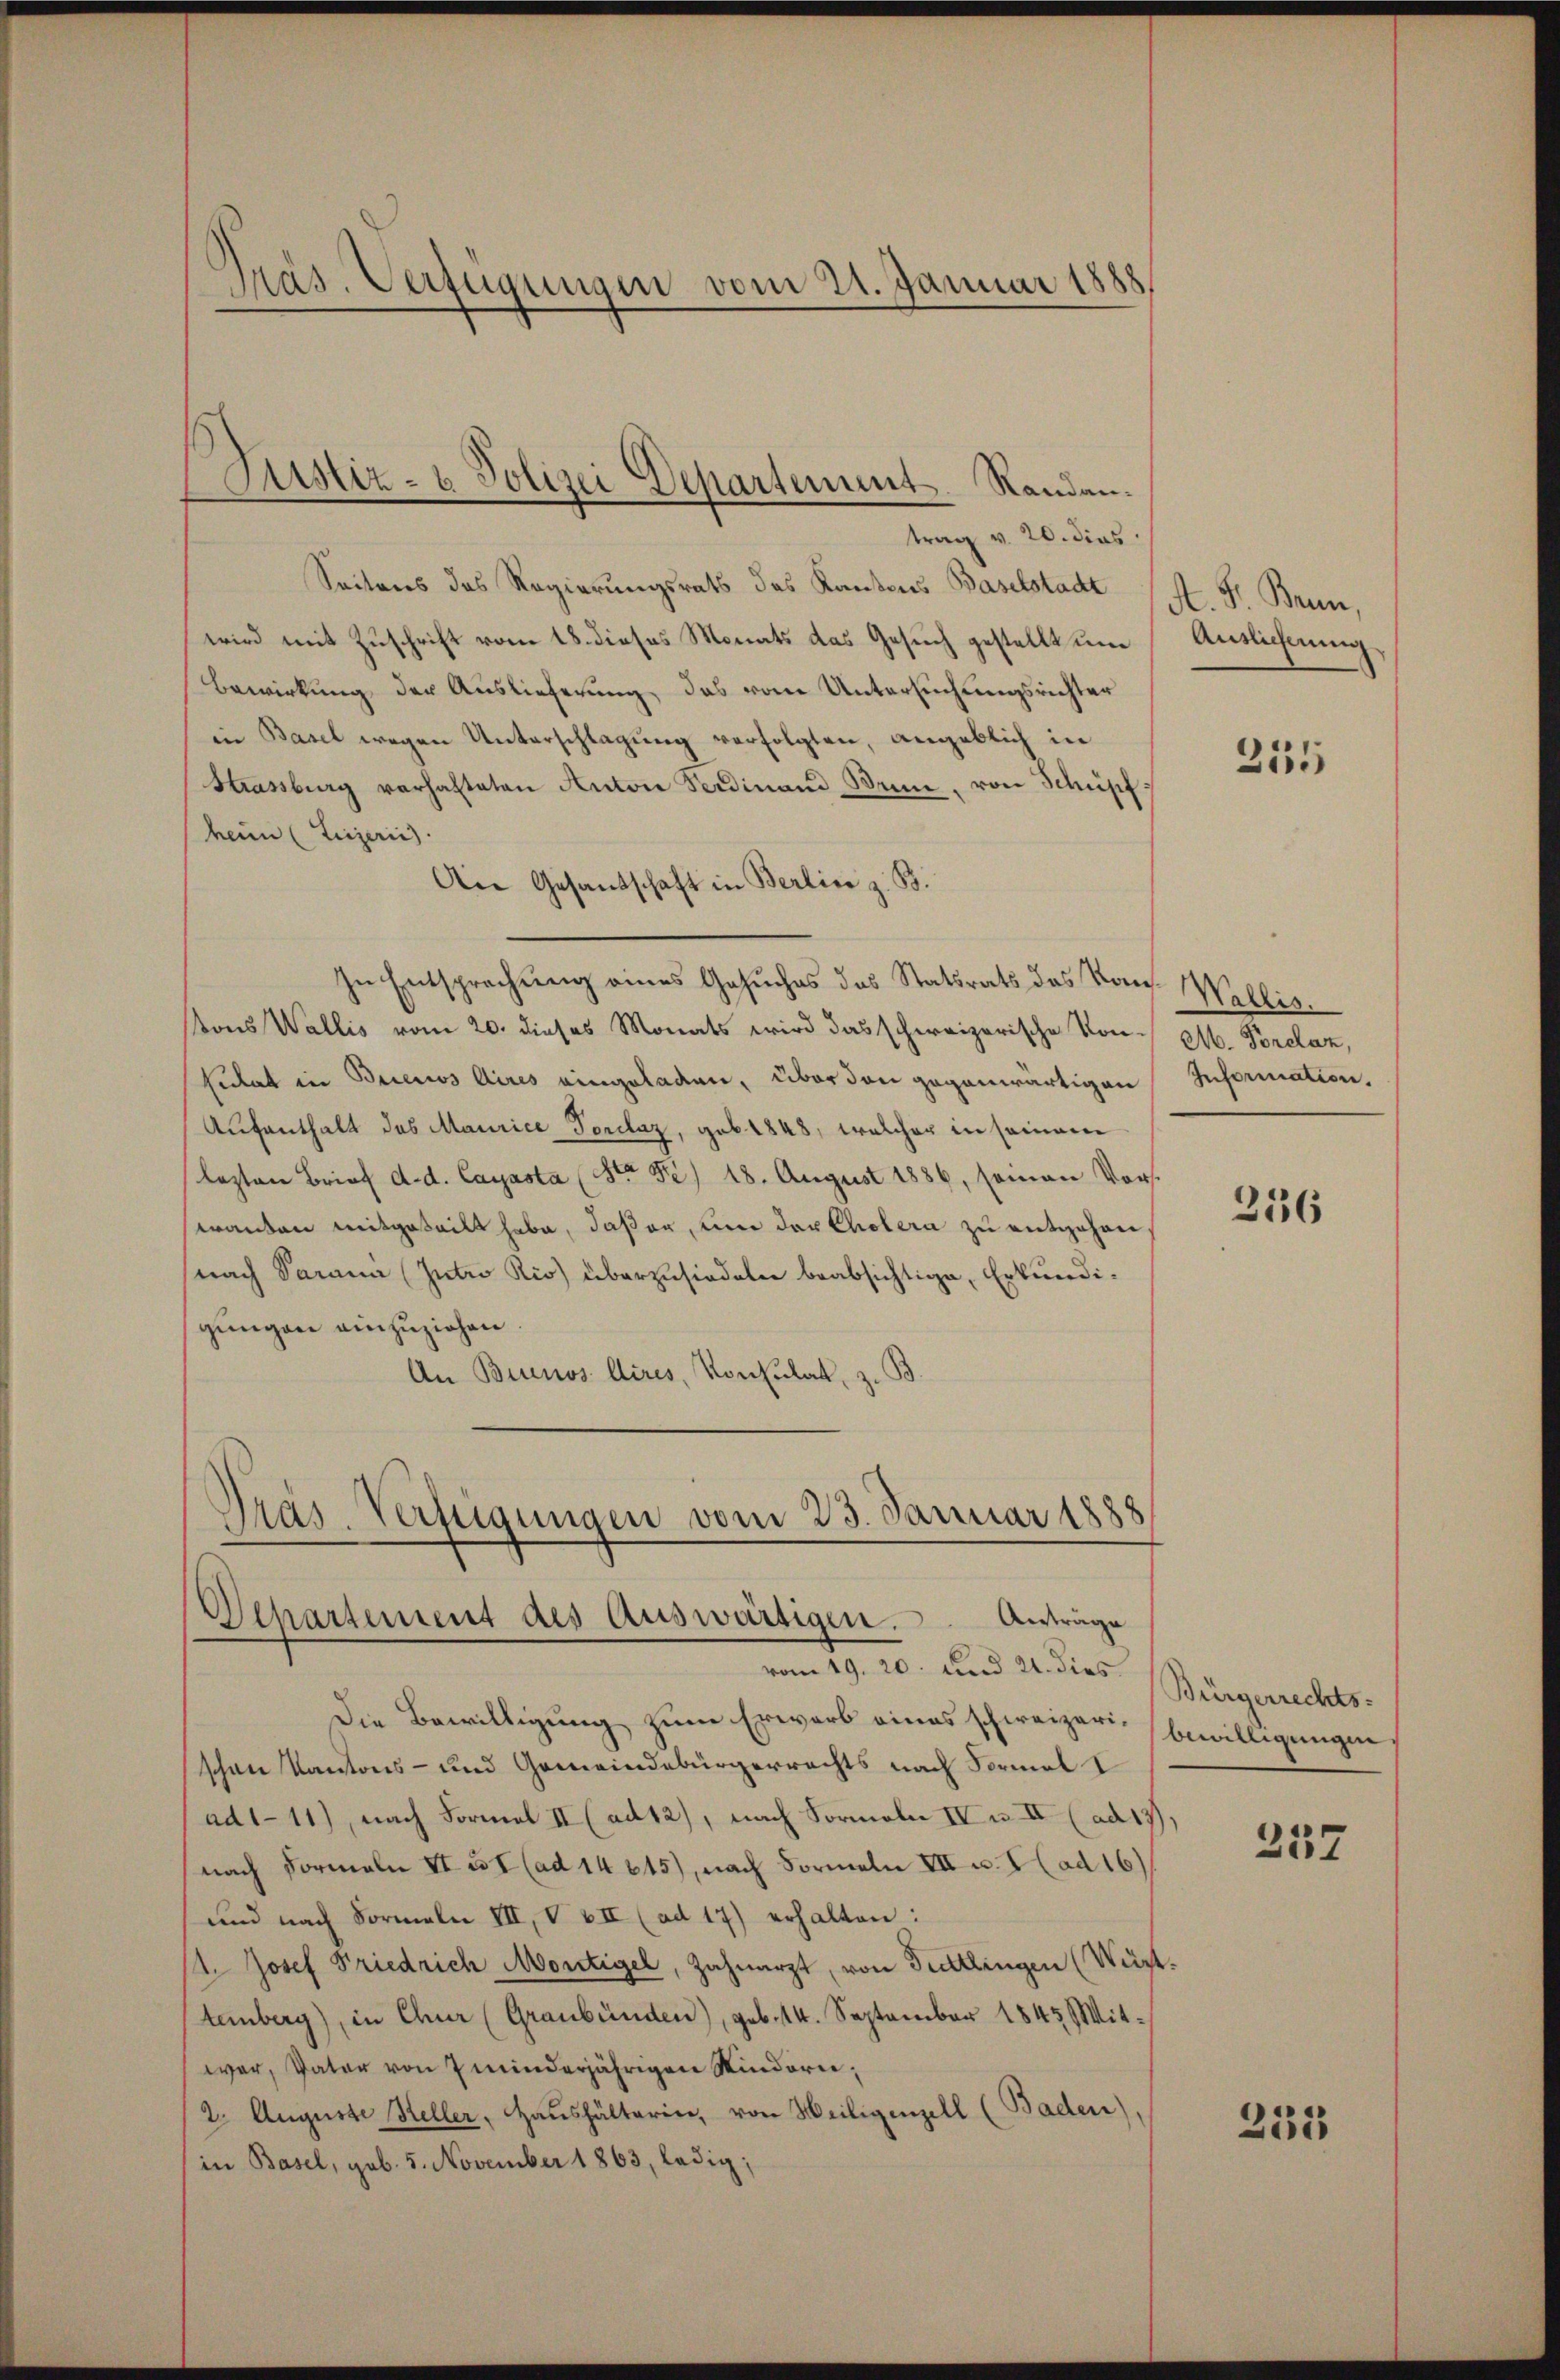
trag v. 20. dies
Seiteres des Regierungsrats das Kantons Baselstadt
wird mit Zuschrift vom 18. dieses Monats das Gesuch gestellt und
Bewirkung der Auslieferung, das von Untersuchungsrichter
in Basel wegen Unterschlagung verfolgten, angeblich in
Strassburg verhalteten Antone Ferdinand Senn, von Schüpf
heim (Leizeris
An Gesandschaft in Berlin z. B.
In Entsprechung eines Gesuches das Statsrats des Kons. Wallis.
ons Wallis vom 20. dieses Monats wird das schweizerische Von M. Porclaz,
sidat in Buenos Aires eingeladen, über den gegenwärtigen Information,
Aufenthalt des Maurice Porclaz, geb. 1848, welcher in seinem
lezten Brief d. d. Cayasta (Str. Fr. 18. August 1886, seinen Vors
wanten mitgeteilt habe, daß er, um der Cholera zu entgehen,
(nach Parama (Intro Rio) überzusiedeln beabsichtige, Erkundigungen einzuziehen
An Buenos Aires, Konsulat, z. B

Präs. Verfügungen vom 21. Januar 1888

Justiz- & Polizei Departement. Randen.

Tras-Verfügungen vom 23. Januar 1888
Departement des Auswärtigen. Anträge
9. 20. und 21. dies Bürgerrechts-

Die Bewilligung zum Erwarb eines schweizerin bewilligungen
schen Kantons- und Gemeindebürgerrechts nach Formal
ad1-11), nach Formal II (ad 12), nach Formeln IV u. II (ad 13.
nach Formeln II & I (ad 14645), nach Formeln VII u. V (ad 16)
und nach Formeln III, V VII (ad 17) erhalten:
/4. Josef Friedrich Mortigel, Zahnarzt, von Tuttlingen (Würt.
tenberg), in Chur (Graubünden), geb. 14. September 1843 Mitwar, Vater von 7 minderjährigen Kindern,
(2. Auguste Steller, Haushälterie, von Meiligenzell (Baden),
in Basel, geb. 5. November 1863, ledig;

A. F. Bern,
Auslicherung

255

236

257

235